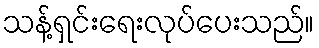
သန့်ရှင်းရေးလုပ်ပေးသည်။